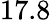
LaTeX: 17.8